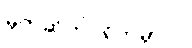
မုတ်ဆိတ်ပဲရိတ်မှာပါ။